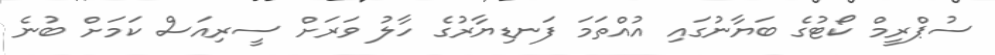
ސުޕްރީމް ކޯޓުގެ ބަޔާނުގައި އުއްތަމަ ފަނޑިޔާރުގެ ހާލު ވަރަށް ސީރިއަސް ކަމަށް ބުނެ